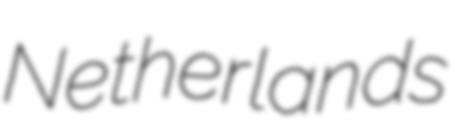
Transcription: Netherlands